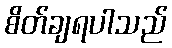
စိတ်ချရပါသည်